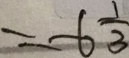
= - 6 \frac { 1 } { 3 }